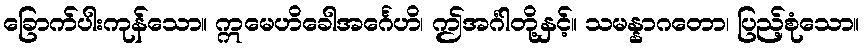
ခြောက်ပါးကုန်သော။ ဣမေဟိခေါအင်္ဂေဟိ၊ ဤအင်္ဂါတို့နှင့်။ သမန္နာဂတော၊ ပြည့်စုံသော။